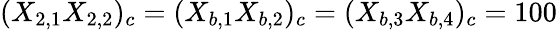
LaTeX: (X_{2,1}X_{2,2})_{c}=(X_{b,1}X_{b,2})_{c}=(X_{b,3}X_{b,4})_{c}=100